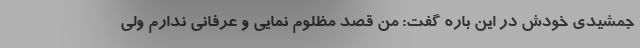
جمشیدی خودش در این باره گفت: من قصد مظلوم نمایی و عرفانی ندارم ولی